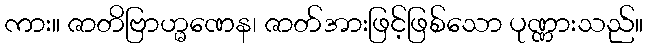
ကား။ ဇာတိဗြာဟ္မဏေန၊ ဇာတ်အားဖြင့်ဖြစ်သော ပုဏ္ဏားသည်။